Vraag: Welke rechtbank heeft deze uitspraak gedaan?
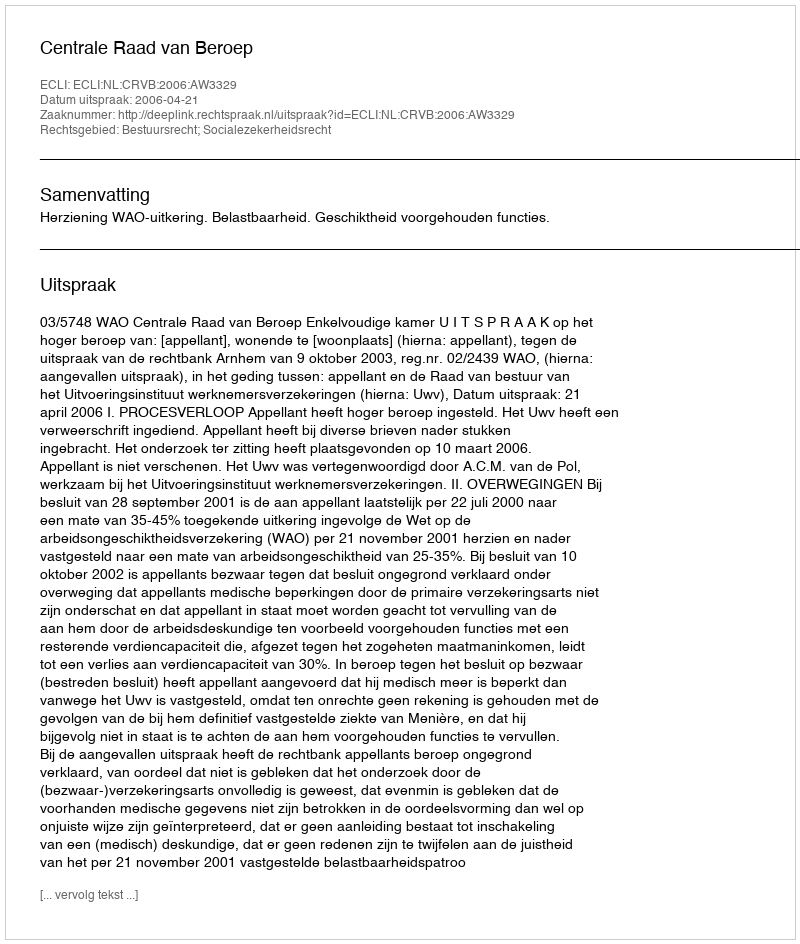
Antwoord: Centrale Raad van Beroep